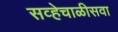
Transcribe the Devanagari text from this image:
सव्हेचाळीसवा